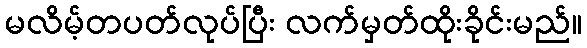
မလိမ့်တပတ်လုပ်ပြီး လက်မှတ်ထိုးခိုင်းမည်။